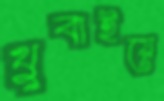
থুবাইয়ে